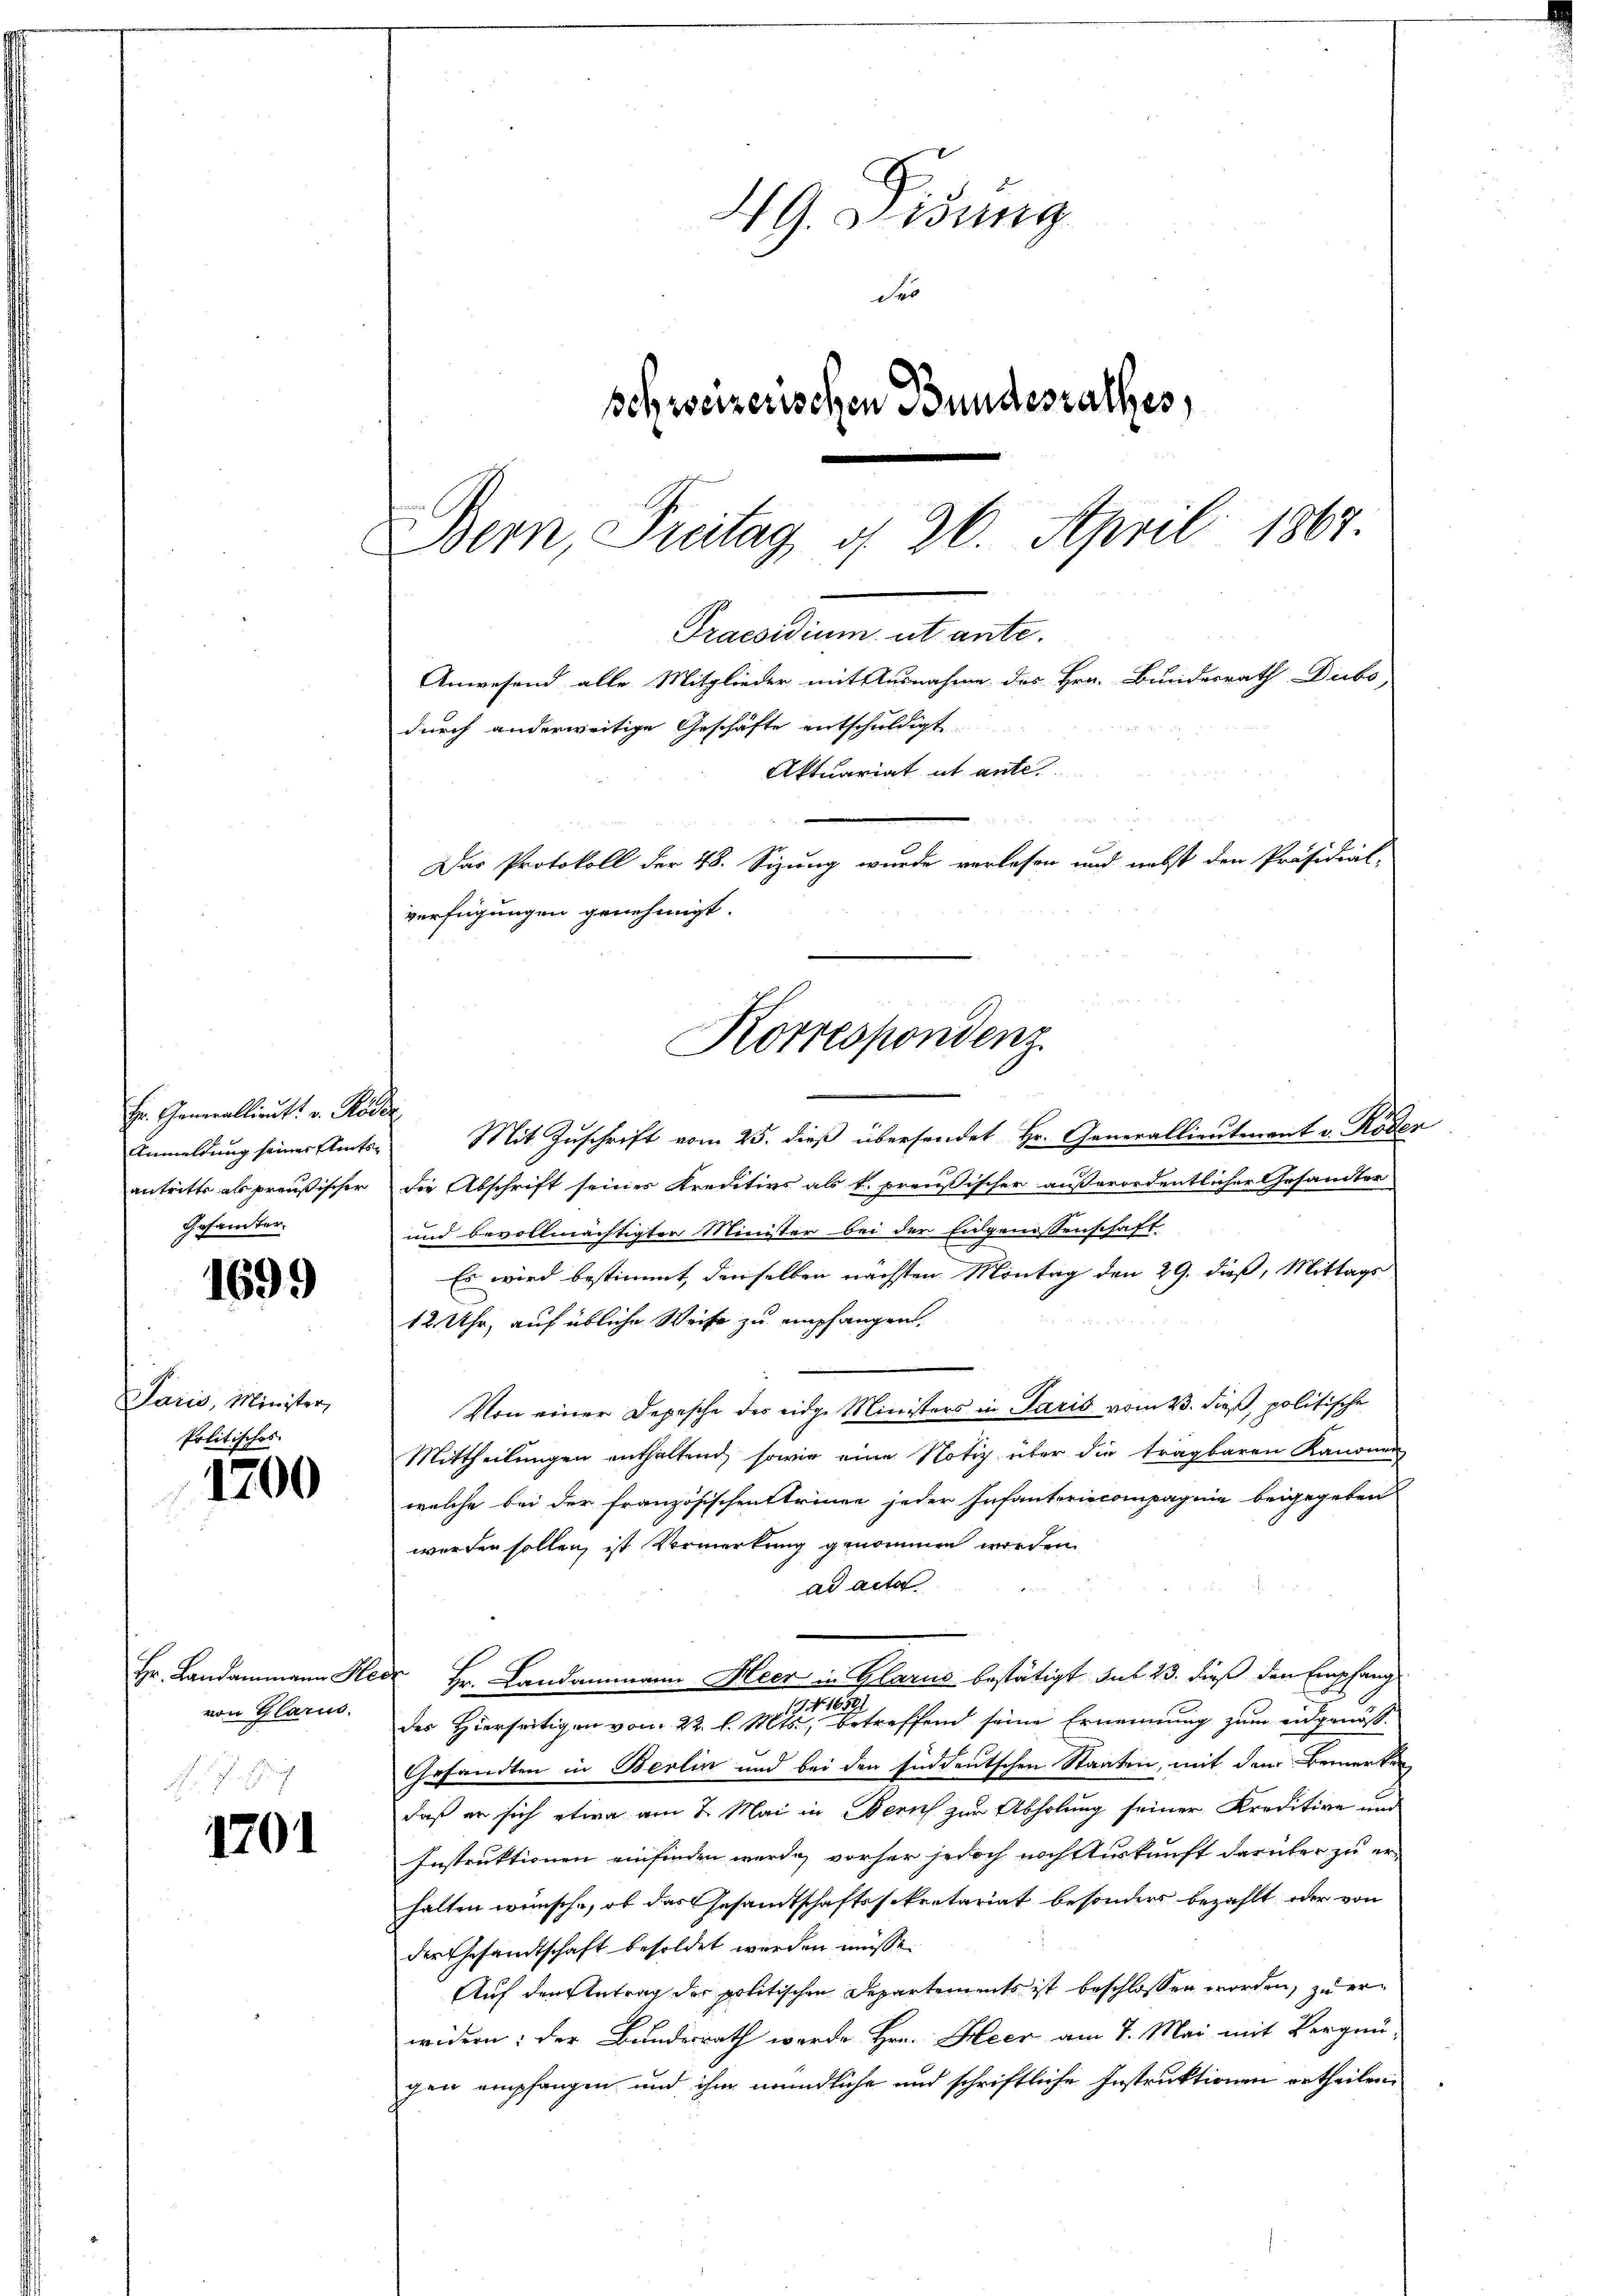
Hr. Generallieutt v. Ros
Anmeldung seines Amts
antritte als preußischer
Gesamter.

1699

Paris, Minister,
Politisches.

1200

Hr. Landammann He
von Glarus.

1701

H G. Bisung
des
behweizerischen Bundesrathes,
Bern Preitag, d. 26. April 1864

Praesidium ut ante.
Anwesend alle Mitglieder mit Ausnahme des Hrn. Bundesrath Dubs,
durch anderweitige Geschäfte entschuldigt.
Aktuariat et ante
Das Protokoll der 48. Sizung wurde verlesen und nebst den Präsidial-
verfügungen genehmigt.
Korrespondenz

f
Mit Zuschrift vom 25. dieß übersendet Hr. Generallieutenant v. Roden
die Abschrift seines Kreditivs als k. preußischer außerordentlicher Gesandter
und bevollmächtigter Minister bei der Eidgenossenschaft
Es wird bestimmt, denselben nächsten Montag den 29. dieß, Mittags
12 Uhr, auf übliche Weise zu empfangen.
Von einer Depesche des eidge Ministers in Paris vom 23. dieß, politische
Mittheilungen enthaltend, sowie eine Notiz über die tragbaren Kanonen
welche bei der französischent trinne jeder Infanteriecompagnie beigegeben
werden sollen, ist Vormerkung genommen worden
ad acter
d Hr. Landammann Heer in Glarus bestätigt sub 23. dieß den Empfang
19 No 1659
des Hierseitigen vom 22. l. Mts., betreffend seine Ernennung zum eidgenöß¬
Gesandten in Berlin und bei den süddeutschen Staaten, mit dem Bemerken
daß er sich etwa am 7. Mai in Zürich zur Abholung seiner Kreditive und
Instruktionen einfinden werde, vorher jedoch nach Auskunft darüber zu erhalten wünsche, ob das Gesandtschaftssekretariat besonders bezahlt oder von
der Gesandtschaft besoldet werden müsse.
Auf den Antrag der politischen Departements ist beschlossen worden, zu erwidern; der Bundesrath werde Hrn. Heer am 7. Mai mit Vergnü
gen empfangen, und ihm mündliche und schriftliche Instruktionen ertheilen.